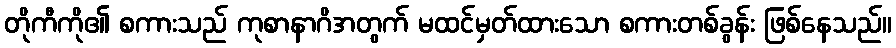
တိုကီကို၏ စကားသည် ကုစာနာဂိအတွက် မထင်မှတ်ထားသော စကားတစ်ခွန်း ဖြစ်နေသည်။